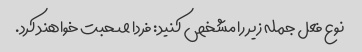
نوع فعل جمله زیر را مشخص کنید: فردا صحبت خواهند کرد.